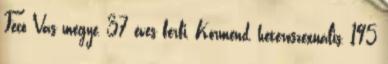
Fecó Vas megye, 37 éves férfi, Körmend, heteroszexuális, 195